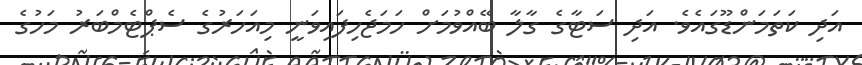
އަދި ކަތަމަންޑޫގައެވެ. އަދި ސަޓާގެ ގާލާ ބޭއްވުމަށް ހަމަޖެހިފައިވަނީ މިއަހަރުގެ ސެޕްޓެމްބަރު މަހުގެ